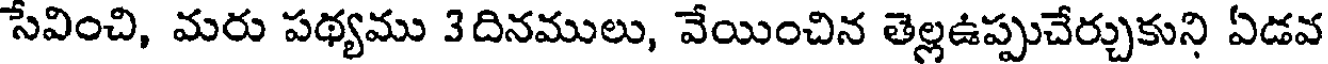
సేవించి, మరు పథ్యము 3దినములు, వేయించిన తెల్లఉప్పుచేర్చుకుని ఏడవ